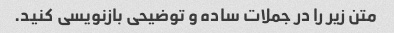
متن زیر را در جملات ساده و توضیحی بازنویسی کنید.